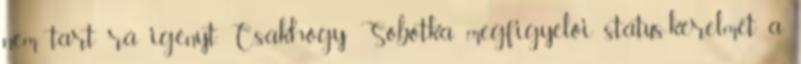
nem tart rá igényt. Csakhogy Sobotka megfigyelői státus-kérelmét a